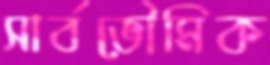
সার্বভৌমিক